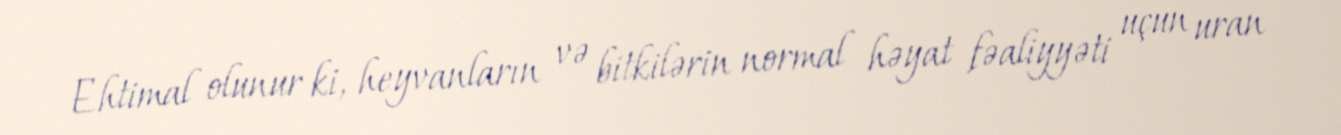
Ehtimal olunur ki, heyvanların və bitkilərin normal həyat fəaliyyəti uçun uran